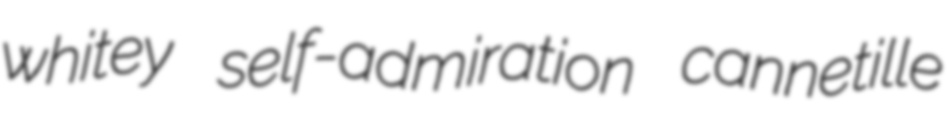
whitey self-admiration cannetille